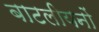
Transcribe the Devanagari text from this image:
बाटलीयनों